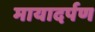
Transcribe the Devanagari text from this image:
मायादर्पण